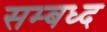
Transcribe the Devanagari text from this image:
सम्बध्द